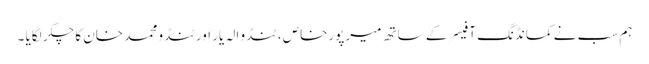
ہم سب نے کمانڈنگ آفیسر کے ساتھ میرپورخاص ، ٹنڈو الہ یار اور ٹنڈو محمد خان کا چکر لگایا ۔